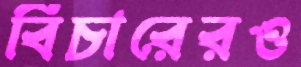
বিচারেরও